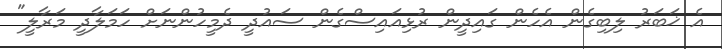
އެ ޚަބަރު ލިބިގެން އެހެން ގައިދީން ރުޅިއައިސްގެން ސައުދީ ދެމީހުންނަށް ހަމަލާދީ މަރާލީ"